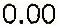
0.00